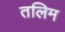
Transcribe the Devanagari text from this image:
तलिम